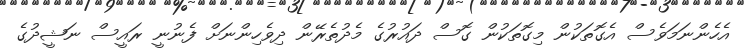
އެހެންނަމަވެސް އެގޮތަކުން މިގޮތަކުން ގޮސް ދައުރުގެ މެދުތެރޭން ދިވެހިންނަށް ފެނުނީ ރައީސް ނަޝީދުގެ